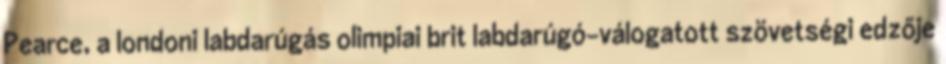
Pearce, a londoni labdarúgás olimpiai brit labdarúgó-válogatott szövetségi edzője